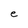
Character: e